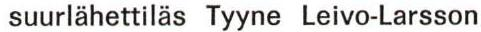
suurlähettiläs Tyyne Leivo-Larsson